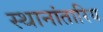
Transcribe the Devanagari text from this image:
स्थानांतारिय